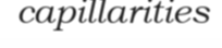
capillarities